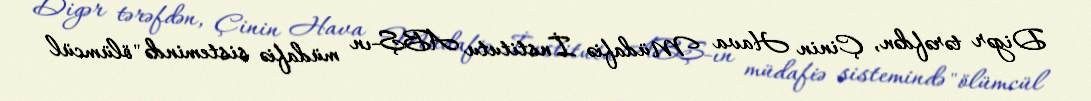
Digər tərəfdən, Çinin Hava Müdafiə İnstitutu ABŞ-ın müdafiə sistemində "ölümcül